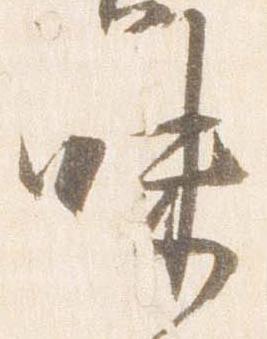
味